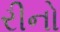
રીનો